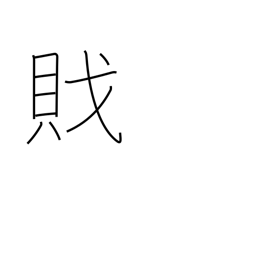
Meaning: pirate